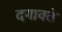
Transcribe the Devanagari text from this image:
दगावते